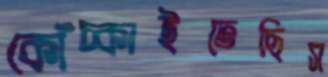
কোঁচ্‌কাইতেছিস